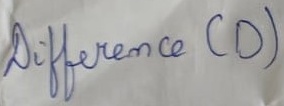
Text: Difference (D)